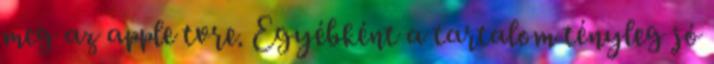
meg az apple tvre. Egyébként a tartalom tényleg jó